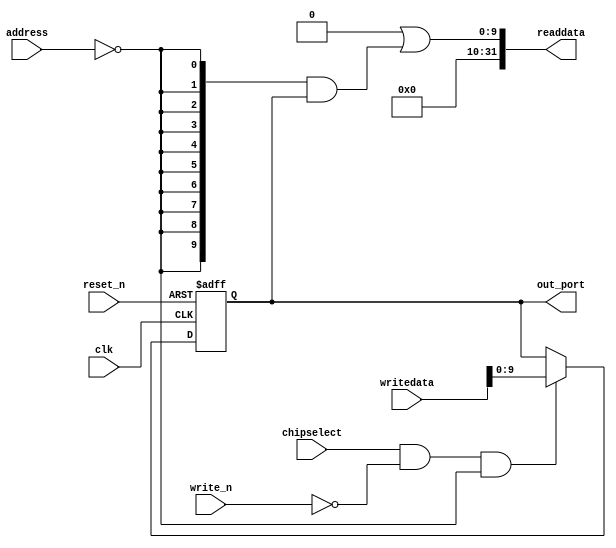
module soc_system_led_pio (
                             address,
                             chipselect,
                             clk,
                             reset_n,
                             write_n,
                             writedata,
                             out_port,
                             readdata
                          )
;
  output  [  9: 0] out_port;
  output  [ 31: 0] readdata;
  input   [  1: 0] address;
  input            chipselect;
  input            clk;
  input            reset_n;
  input            write_n;
  input   [ 31: 0] writedata;
  wire             clk_en;
  reg     [  9: 0] data_out;
  wire    [  9: 0] out_port;
  wire    [  9: 0] read_mux_out;
  wire    [ 31: 0] readdata;
  assign clk_en = 1;
  assign read_mux_out = {10 {(address == 0)}} & data_out;
  always @(posedge clk or negedge reset_n)
    begin
      if (reset_n == 0)
          data_out <= 1023;
      else if (chipselect && ~write_n && (address == 0))
          data_out <= writedata[9 : 0];
    end
  assign readdata = {32'b0 | read_mux_out};
  assign out_port = data_out;
endmodule